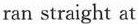
ran straight at